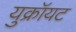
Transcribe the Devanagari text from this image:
युक्रॉयट